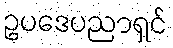
ဥပဒေပညာရှင်